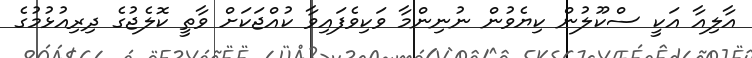
އާލިއާ އަކީ ސްކޫލުން ކިޔެވުން ނުނިންމާ ވަކިވެފައިވާ ކުއްޖަކަށް ވާތީ ކޮލެޖުގެ ދިރިއުޅުމުގެ